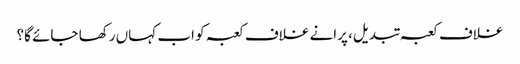
غلاف کعبہ تبدیل، پرانے غلاف کعبہ کو اب کہاں رکھا جائے گا؟